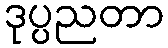
ဒုပ္ပညတာ